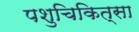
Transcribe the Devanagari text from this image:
पशुचिकित्‍सा